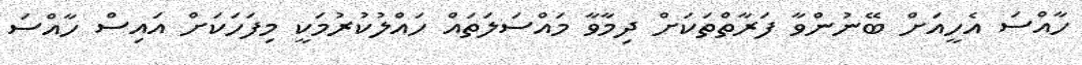
ހާއްސަ އެހީއަށް ބޭނުންވާ ފަރާތްތަކަށް ދިމާވާ މައްސަލަތައް ހައްލުކުރުމަކީ މިފަހަކަށް އައިސް ހާއްސަ